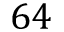
6 4